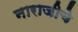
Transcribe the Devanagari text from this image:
नाराजीचे